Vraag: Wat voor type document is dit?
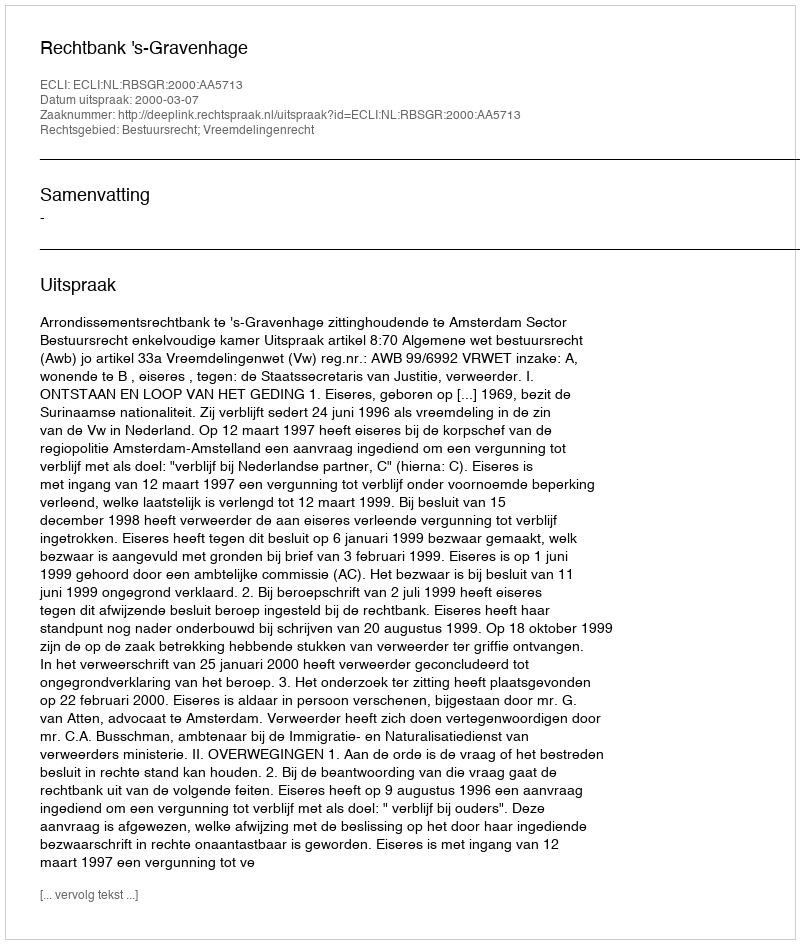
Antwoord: Uitspraak